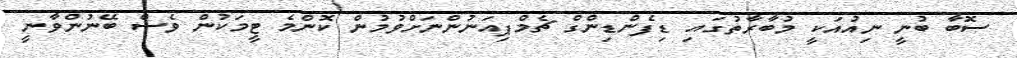
ސޮބާ ބުނީ ނިއުއަކީ މުބާރާތުގައި ޑިފެންޑިންގް ޗެމްޕިއަނުންނަށްވުމުން ކޮންމެ ޓީމަކުން ވެސް ބޭނުންވާނީ